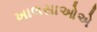
ખાલસાઓએ